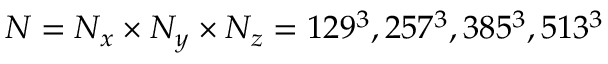
N = N _ { x } \times N _ { y } \times N _ { z } = 1 2 9 ^ { 3 } , 2 5 7 ^ { 3 } , 3 8 5 ^ { 3 } , 5 1 3 ^ { 3 }